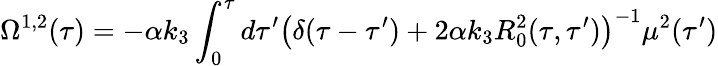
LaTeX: {}\Omega^{1,2}(\tau)=-\alpha k_{3}\int_{0}^{\tau}d\tau^{\prime}\left(\delta(\tau-\tau^{\prime})+2\alpha k_{3}R_{0}^{2}(\tau,\tau^{\prime})\right)^{-1}\mu^{2}(\tau^{\prime})